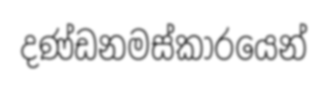
දණ්ඩනමස්කාරයෙන්